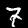
Label: 7